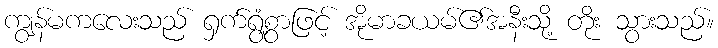
ကျွန်မကလေးသည် ရှက်ရွံ့စွာဖြင့် အိုမာခယမ်၏အနီးသို့ တိုး သွားသည်။